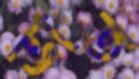
ভাত